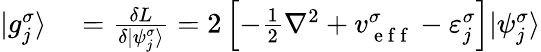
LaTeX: \begin{array}{rl}{|g_{j}^{\sigma}\rangle}&{{}=\frac{\delta L}{\delta|\psi_{j}^{\sigma}\rangle}=2\left[-\frac{1}{2}\nabla^{2}+v_{\mathrm{~e~f~f~}}^{\sigma}-\varepsilon_{j}^{\sigma}\right]|\psi_{j}^{\sigma}\rangle}\end{array}